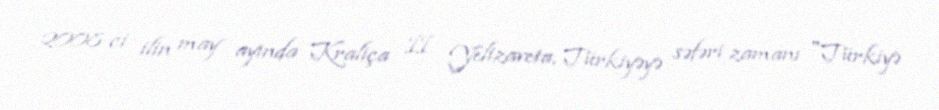
2008-ci ilin may ayında Kraliça II Yelizaveta, Türkiyəyə səfəri zamanı "Türkiyə